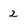
Character: 2